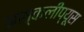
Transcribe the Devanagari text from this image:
अस्कलीप्यूस